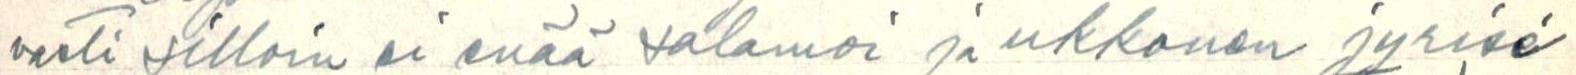
vasti silloin ei enää salamoi ja ukkonen jyrisé